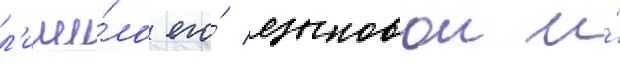
л'иши́ло его́ языковои и́